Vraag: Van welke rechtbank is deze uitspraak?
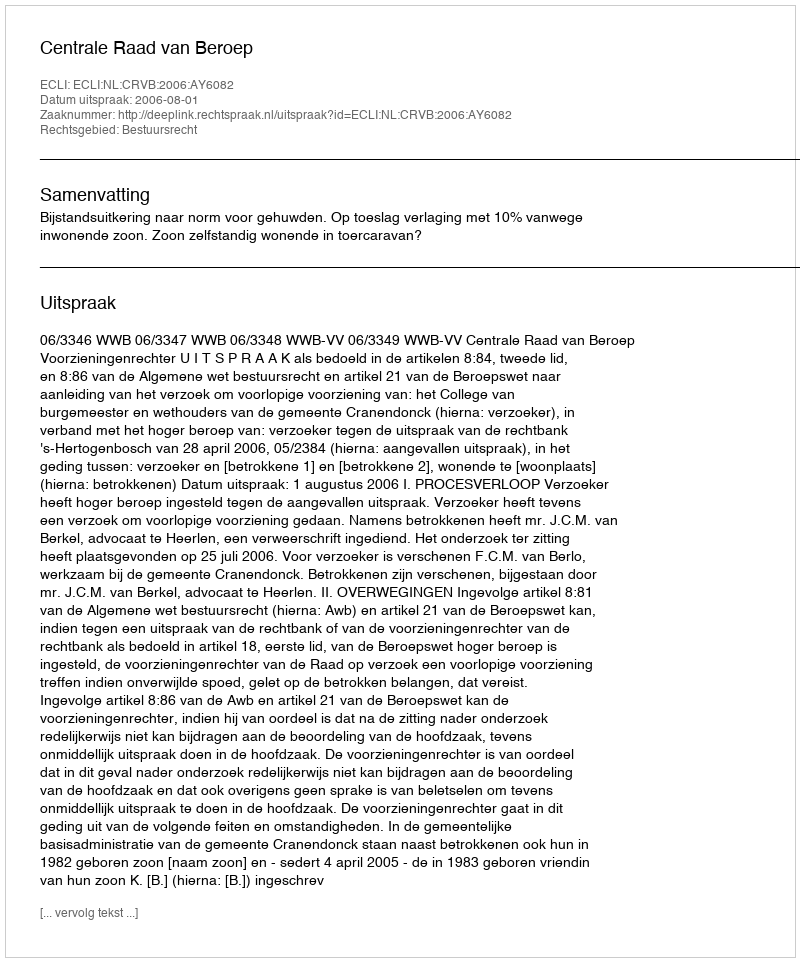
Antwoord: Centrale Raad van Beroep